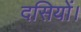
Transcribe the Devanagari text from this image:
दसियों।